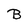
Character: B